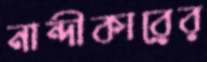
নান্দীকারের